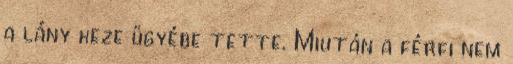
a lány keze ügyébe tette. Miután a férfi nem